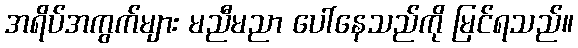
အရိပ်အကွက်များ မညီမညာ ပေါ်နေသည်ကို မြင်ရသည်။